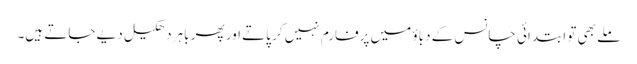
ملے بھی تو ابتدائی چانس کے دباؤ میں پرفارم نہیں کر پاتے اور پھر باہر دھکیل دیے جاتے ہیں۔